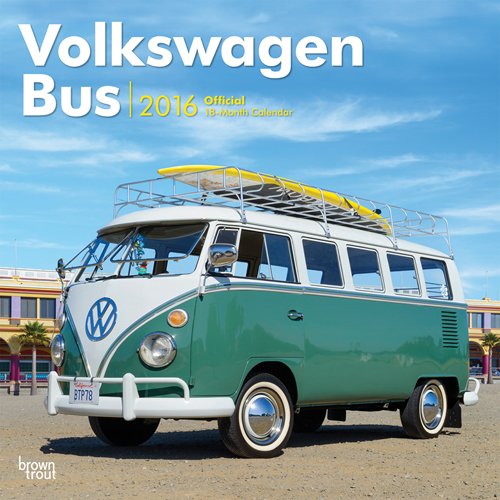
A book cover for Volkswagen Bus 2016 Square 12x12; Browntrout Publishers; Calendars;